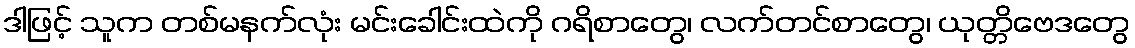
ဒါဖြင့် သူက တစ်မနက်လုံး မင်းခေါင်းထဲကို ဂရိစာတွေ၊ လက်တင်စာတွေ၊ ယုတ္တိဗေဒတွေ